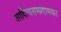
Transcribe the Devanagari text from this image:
आदित्यसम्प्रदायका